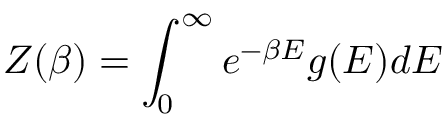
Z ( \beta ) = \int _ { 0 } ^ { \infty } e ^ { - \beta E } g ( E ) d E